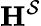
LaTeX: \mathbf{H}^{\mathcal{S}}